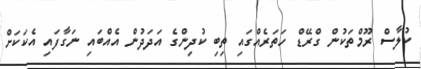
ކުލާސް ރޫމްތަކުން ގްރޭޑް ހަަތަރެއްގައި ތިބި ކުދިންގެ އަދަދުން އެއްބައި ނަގާފައި އެކަކަށް